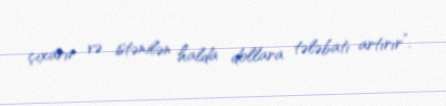
çıxarır və istənilən halda dollara tələbatı artırır”.